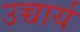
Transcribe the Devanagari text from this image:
उच्चार्य